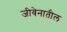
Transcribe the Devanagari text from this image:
जीवेनातील